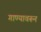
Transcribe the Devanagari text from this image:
गाण्यावरून